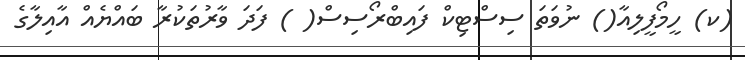
(ކ) ހީމޯފީލިއާ() ނުވަތަ ސިސްޓިކް ފައިބްރޯސިސް( ) ފަދަ ވާރުތަކުރާ ބައްޔެއް އާއިލާގެ